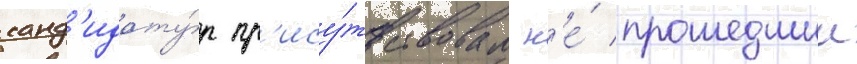
канд'идату́р пр'ису́тствовал н'е́ прошедшии